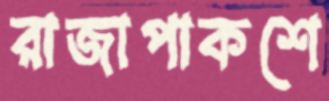
রাজাপাকশে